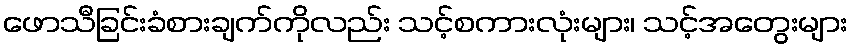
ဖောသီခြင်းခံစားချက်ကိုလည်း သင့်စကားလုံးများ၊ သင့်အတွေးများ